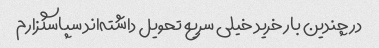
در چندین بار خرید خیلی سریع تحویل داشته‌اند سپاسگزارم